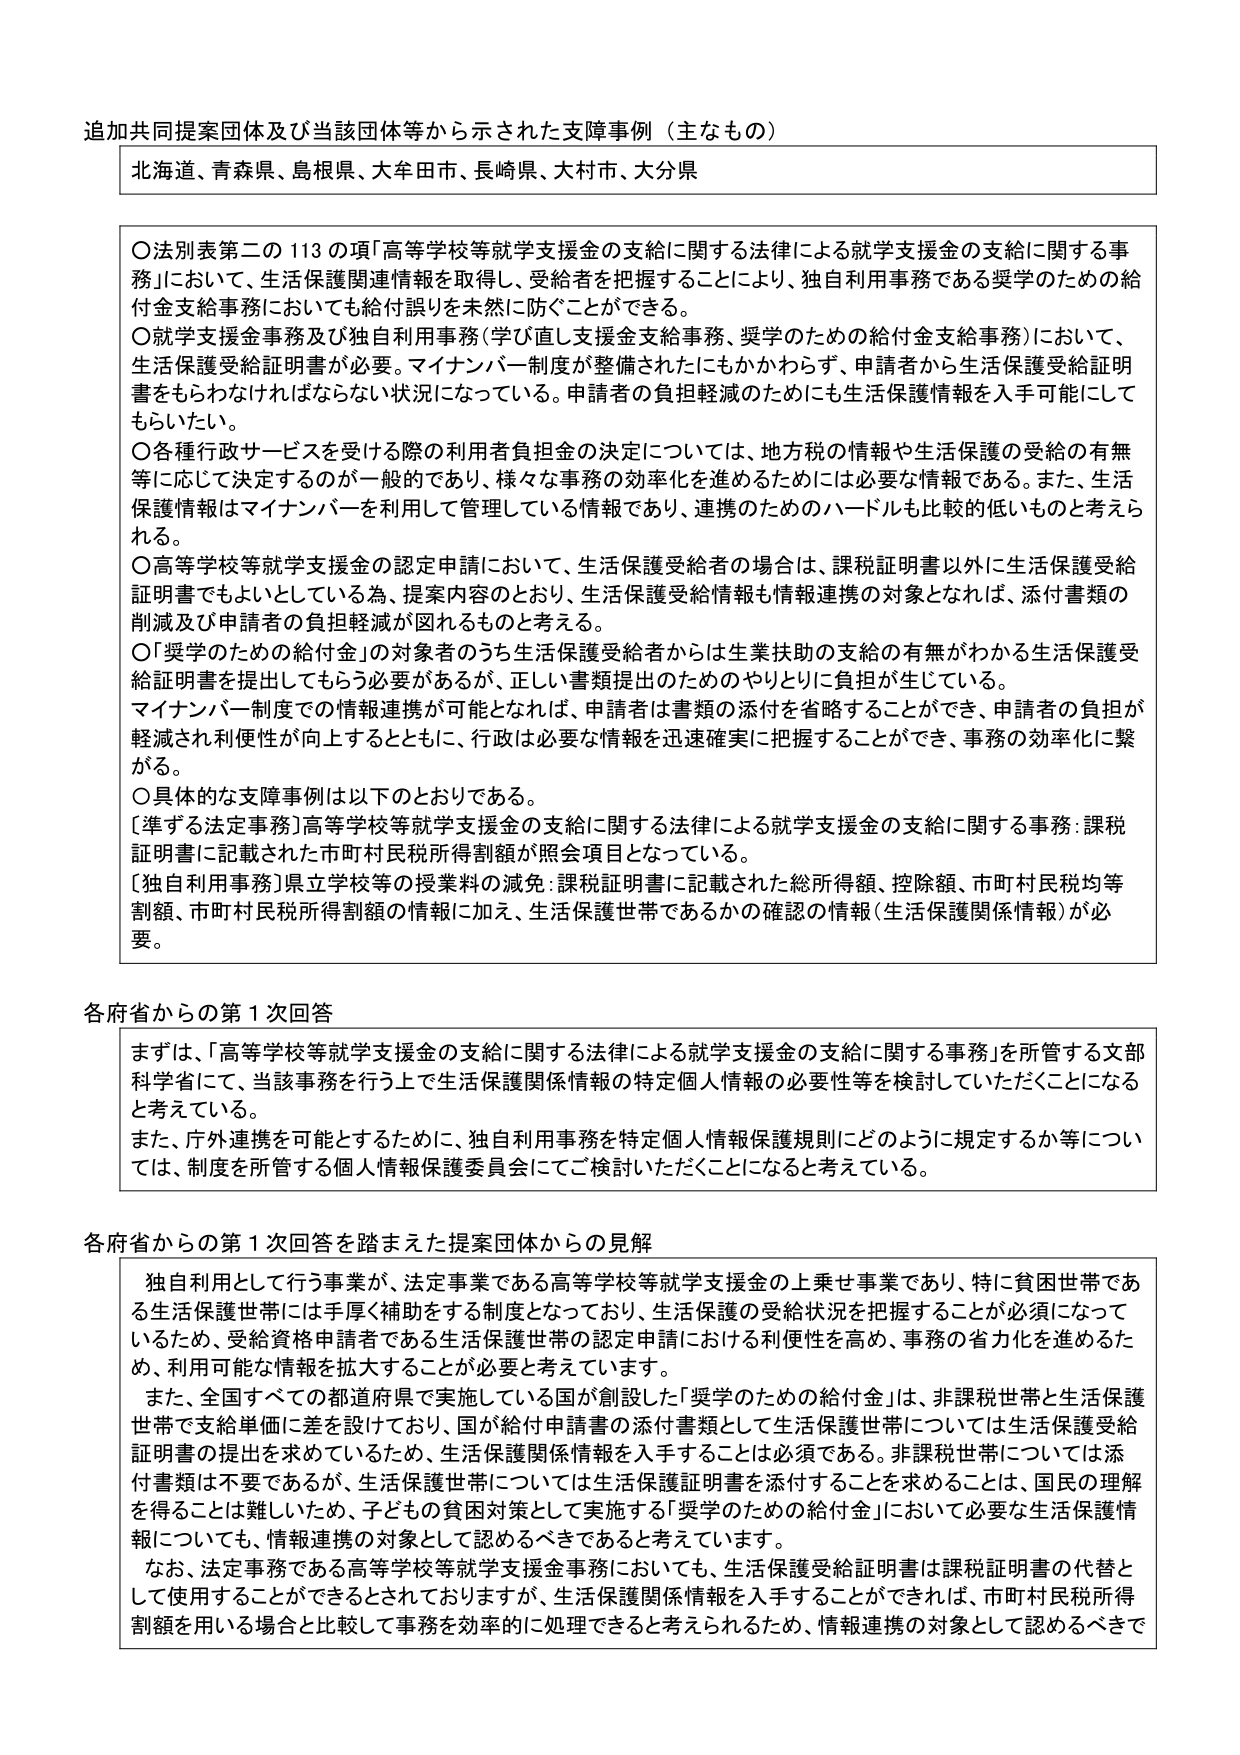
追加共同提案団体及び当該団体等から示された支障事例（主なもの）

北海道、青森県、島根県、大牟田市、長崎県、大村市、大分県

○法別表第二の113の項「高等学校等就学支援金の支給に関する法律による就学支援金の支給に関する事務」において、生活保護関連情報を取得し、受給者を把握することにより、独自利用事務である奨学のための給付金支給事務においても給付誤りを未然に防ぐことができる。

○就学支援金事務及び独自利用事務（学び直し支援金支給事務、奨学のための給付金支給事務）において、生活保護受給証明書が必要。マイナンバー制度が整備されたにもかかわらず、申請者から生活保護受給証明書をもらわなければならない状況になっている。申請者の負担軽減のためにも生活保護情報を入手可能にしてもらいたい。

○各種行政サービスを受ける際の利用者負担金の決定については、地方税の情報や生活保護の受給の有無等に応じて決定するのが一般的であり、様々な事務の効率化を進めるためには必要な情報である。また、生活保護情報はマイナンバーを利用して管理している情報であり、連携のためのハードルも比較的低いものと考えられる。

○高等学校等就学支援金の認定申請において、生活保護受給者の場合は、課税証明書以外に生活保護受給証明書でもよいとしている為、提案内容のとおり、生活保護受給情報も情報連携の対象となれば、添付書類の削減及び申請者の負担軽減が図れるものと考える。

○「奨学のための給付金」の対象者のうち生活保護受給者からは生業扶助の支給の有無がわかる生活保護受給証明書を提出してもらう必要があるが、正しい書類提出のためのやりとりに負担が生じている。

マイナンバー制度での情報連携が可能となれば、申請者は書類の添付を省略することができ、申請者の負担が軽減され利便性が向上するとともに、行政は必要な情報を迅速確実に把握することができ、事務の効率化に繋がる。

○具体的な支障事例は以下のとおりである。

[準ずる法定事務]高等学校等就学支援金の支給に関する法律による就学支援金の支給に関する事務：課税証明書に記載された市町村民税所得割額が照会項目となっている。

[独自利用事務]県立学校等の授業料の減免：課税証明書に記載された総所得額、控除額、市町村民税均等割額、市町村民税所得割額の情報に加え、生活保護世帯であるかの確認の情報（生活保護関係情報）が必要。

各府省からの第1次回答

まずは、「高等学校等就学支援金の支給に関する法律による就学支援金の支給に関する事務」を所管する文部科学省にて、当該事務を行う上で生活保護関係情報の特定個人情報の必要性等を検討していただくことになると考えている。

また、庁外連携を可能とするために、独自利用事務を特定個人情報保護規則にどのように規定するか等については、制度を所管する個人情報保護委員会にてご検討いただくことになると考えている。

各府省からの第1次回答を踏まえた提案団体からの見解

独自利用として行う事業が、法定事業である高等学校等就学支援金の上乗せ事業であり、特に貧困世帯である生活保護世帯には手厚く補助をする制度となっており、生活保護の受給状況を把握することが必須になっているため、受給資格申請者である生活保護世帯の認定申請における利便性を高め、事務の省力化を進めるため、利用可能な情報を拡大することが必要と考えています。

また、全国すべての都道府県で実施している国が創設した「奨学のための給付金」は、非課税世帯と生活保護世帯で支給単価に差を設けており、国が給付申請書の添付書類として生活保護世帯については生活保護受給証明書の提出を求めているため、生活保護関係情報を入手することは必須である。非課税世帯については添付書類は不要であるが、生活保護世帯については生活保護証明書を添付することを求めるることは、国民の理解を得ることは難しいため、子どもの貧困対策として実施する「奨学のための給付金」において必要な生活保護情報についても、情報連携の対象として認めるべきであると考えています。

なお、法定事務である高等学校等就学支援金事務においても、生活保護受給証明書は課税証明書の代替として使用することができるとしておりますが、生活保護関係情報を入手することができれば、市町村民税所得割額を用いる場合と比較して事務を効率的に処理できると考えられるため、情報連携の対象として認めるべきで